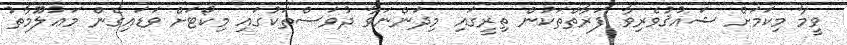
ވީމާ މިކަމަށް ޝައުޤުވެރިވާ ފަރާތްތަކުން ތިރީގައި މިދަންނަވާ ދުވަސްތަކުގައި މިކޯޓަށް ވަޑައިގެން މަޢުލޫމާތު